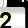
Digit: 2